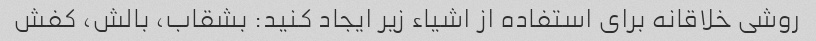
روشی خلاقانه برای استفاده از اشیاء زیر ایجاد کنید: بشقاب، بالش، کفش